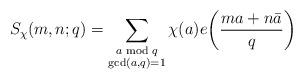
LaTeX: \begin{align*}S_{\chi}(m, n; q) = \sum_{\substack{a\bmod{q}\\ \gcd(a, q)=1}} \chi(a) e\!\left(\frac{ma+n\bar{a}}{q}\right)\end{align*}